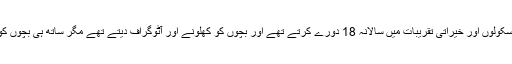
ان کے والد نے کہا کہ وہ اسپتالوں، سکولوں اور خیراتی تقریبات میں سالانہ 18 دورے کرتے تھے اور بچوں کو کھلونے اور آٹوگراف دیتے تھے مگر ساتھ ہی بچوں کو برے رویوں سے منع کرتے تھے۔